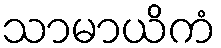
သာမာယိကံ